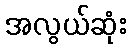
အလွယ်ဆုံး